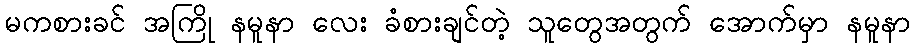
မကစားခင် အကြို နမူနာ လေး ခံစားချင်တဲ့ သူတွေအတွက် အောက်မှာ နမူနာ